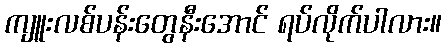
ကျူးလစ်ပန်းတွေနီးအောင် ရပ်လိုက်ပါလား။